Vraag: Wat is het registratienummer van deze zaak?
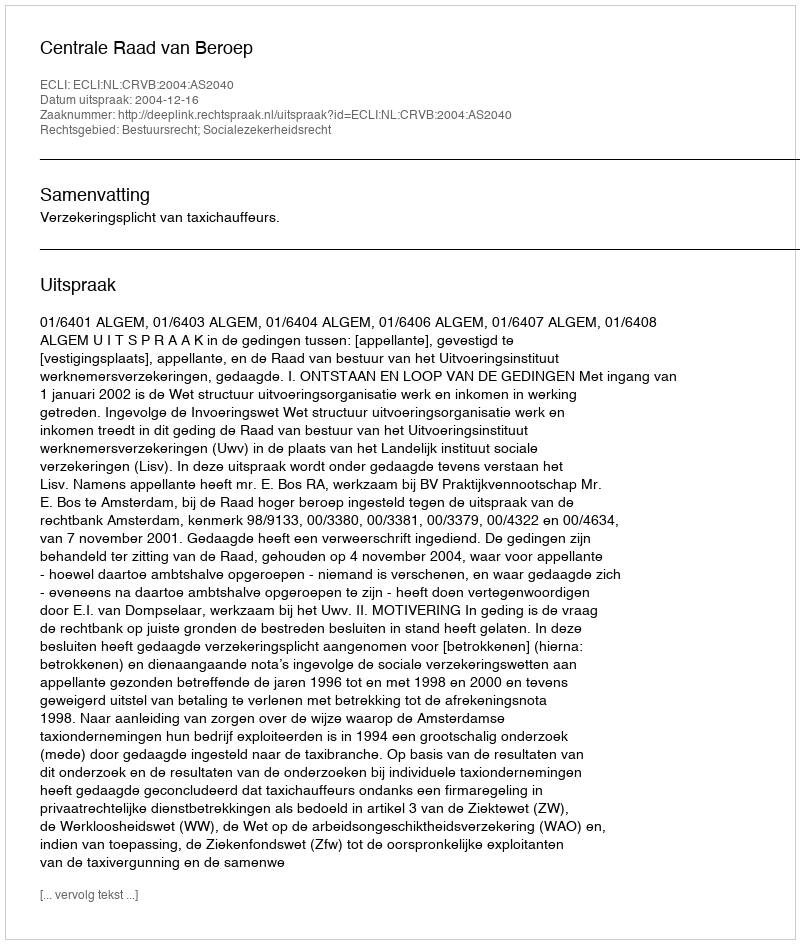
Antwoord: http://deeplink.rechtspraak.nl/uitspraak?id=ECLI:NL:CRVB:2004:AS2040